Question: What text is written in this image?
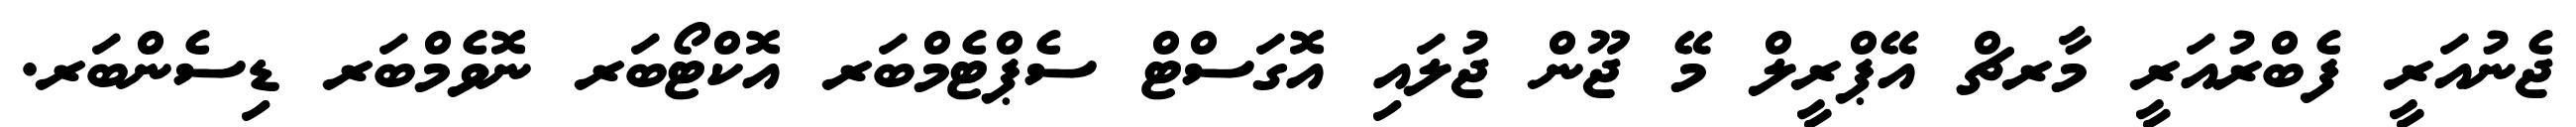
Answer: ޖެނުއަރީ ފެބްރުއަރީ މާރޗް އޭޕްރީލް މޭ ޖޫން ޖުލައި އޮގަސްޓް ސެޕްޓެމްބަރ އޮކްޓޯބަރ ނޮވެމްބަރ ޑިސެންބަރ.